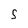
Character: 5